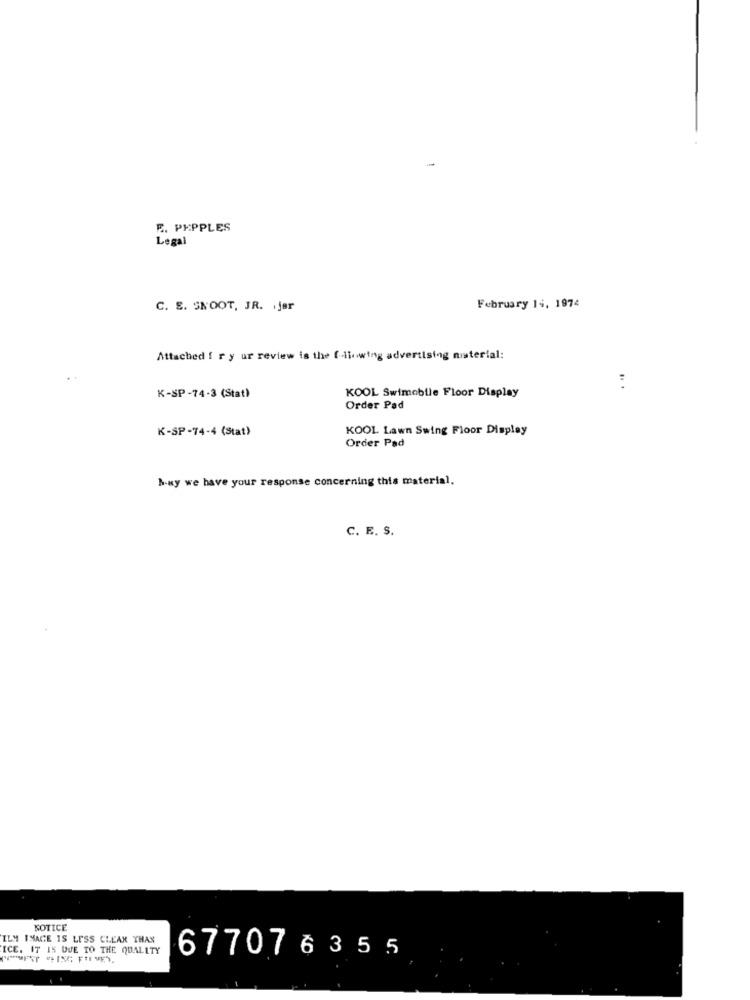
F. PKPPLES
Legal
C. S. SNOOT, JR. . jør
February 14, 1974
Attached ! r y ur review is the flowing advertising misterial:
:
K-SP-74-3 (Stat)
KOOL Swimobile Floor Display
Order Pad
K-SP-74-4 (Stat)
KOOL Lawn Swing Floor Display
Order Pad
buy we have your response concerning this material.
C. E. S.
NOTICE
ILM IMACE IS LESS CLEAN THAN
ICE. IT IS DUE TO THE QUALITY
677076355